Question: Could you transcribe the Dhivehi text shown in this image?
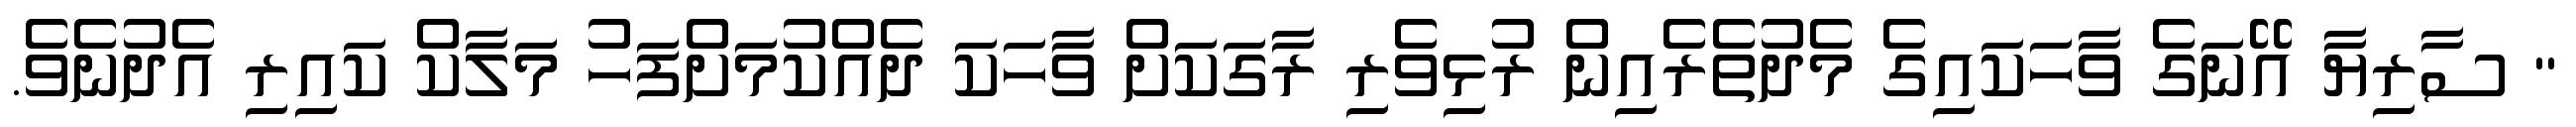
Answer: " ސާރިޔާ އޭނަގެ ވާހަކައިގެ މެދުތެރެއިން ރުޅިވެރި ރާގަކަށް ވާހަކަ ދެއްކުމަށްފަހު މަލާކް ކައިރި އެދުނެވެ.